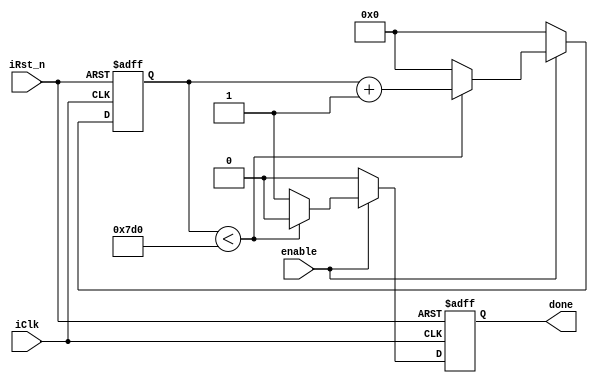
module counterSW #
(
	parameter multiplier = 2,	//input clock frequency (2MHz), for 1msec (unit time is usec)
	parameter UnitTime = 1000	
)
(
	input iClk,
	input iRst_n,
	input enable,
	output reg done 	//done signal given by when max count is done.
);

localparam target = UnitTime * multiplier;
localparam LOW = 1'b0;
localparam HIGH = 1'b1;

reg [19:0] cnt;

always@(posedge iClk, negedge iRst_n)
begin
	if(!iRst_n) begin
		cnt <= 12'h0;
		done <= LOW;
	end
	else begin
		if(enable) begin
			if(cnt<target) begin
				cnt <= cnt +12'h1;
				done <= LOW;
			end //end if
			else begin
				cnt <= 12'h0;
				done <= HIGH;
			end // end else			
		end //end if
		else begin
			cnt <= 12'h0;
			done <= LOW;
		end // end else
	end //end else
end

endmodule